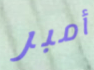
أمبر